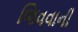
જિવવાની